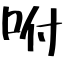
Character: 咐